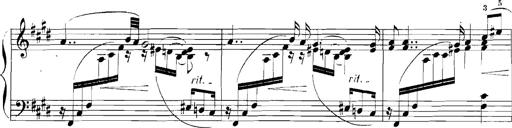
Title: Rhapsodies hongroises
Composer: Franz Liszt